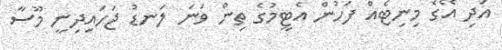
އަދި އޭގެ މިނިޓެއް ފަހުން އެޓީމުގެ ތިން ވަނަ ލަނޑު ޖަހައިދިނީ މޫސާ